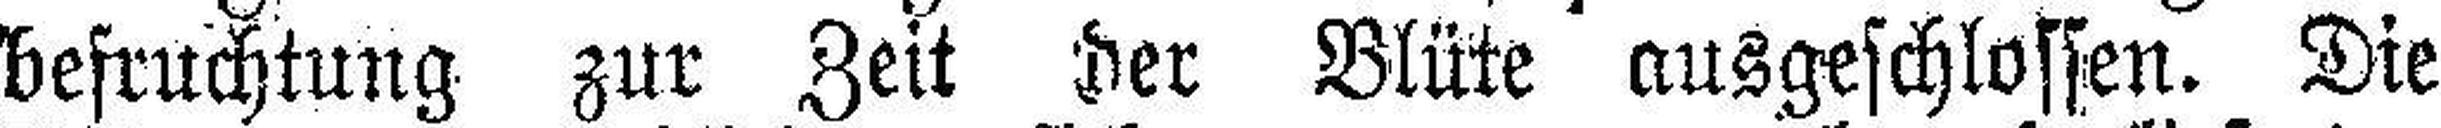
befruchtung zur Zeit der Blüte ausgeschlossen. Die